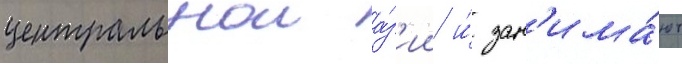
центральнои а́з'ии и́ зан'има́ют